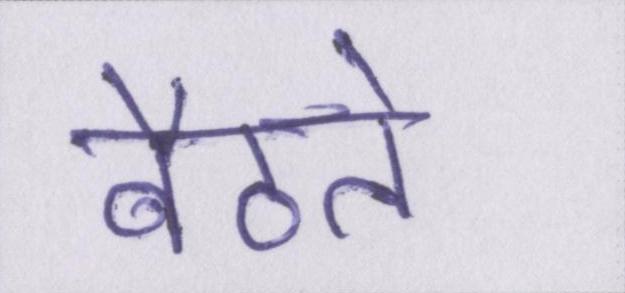
बैठते